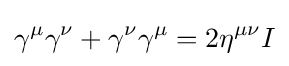
\gamma ^{\mu }\gamma ^{\nu }+\gamma ^{\nu }\gamma ^{\mu }=2\eta ^{\mu \nu }I